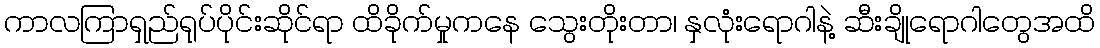
ကာလကြာရှည်ရုပ်ပိုင်းဆိုင်ရာ ထိခိုက်မှုကနေ သွေးတိုးတာ၊ နှလုံးရောဂါနဲ့ ဆီးချိုရောဂါတွေအထိ